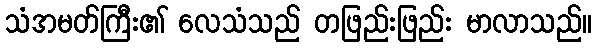
သံအမတ်ကြီး၏ လေသံသည် တဖြည်းဖြည်း မာလာသည်။